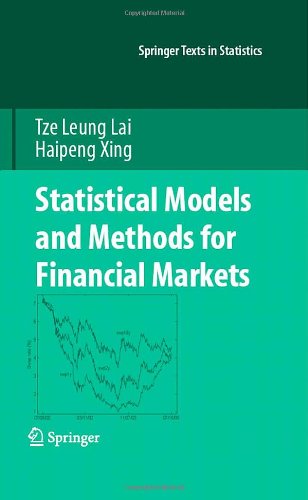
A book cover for Statistical Models and Methods for Financial Markets (Springer Texts in Statistics); Tze Leung Lai; Science & Math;